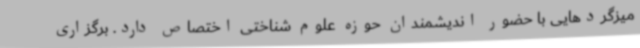
میزگردهایی با حضور اندیشمندان حوزه علوم شناختی اختصاص دارد. برگزاری